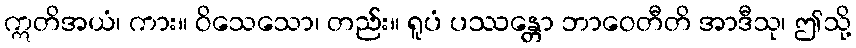
ဣတိအယံ၊ ကား။ ဝိသေသော၊ တည်း။ ရူပံ ပဿန္တော ဘာဝေတီတိ အာဒီသု၊ ဤသို့